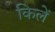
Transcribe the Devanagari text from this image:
किलें